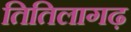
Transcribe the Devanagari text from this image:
तितिलागढ़